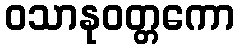
ဝသာနုဝတ္တကော